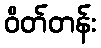
ဝိတ်တန်း